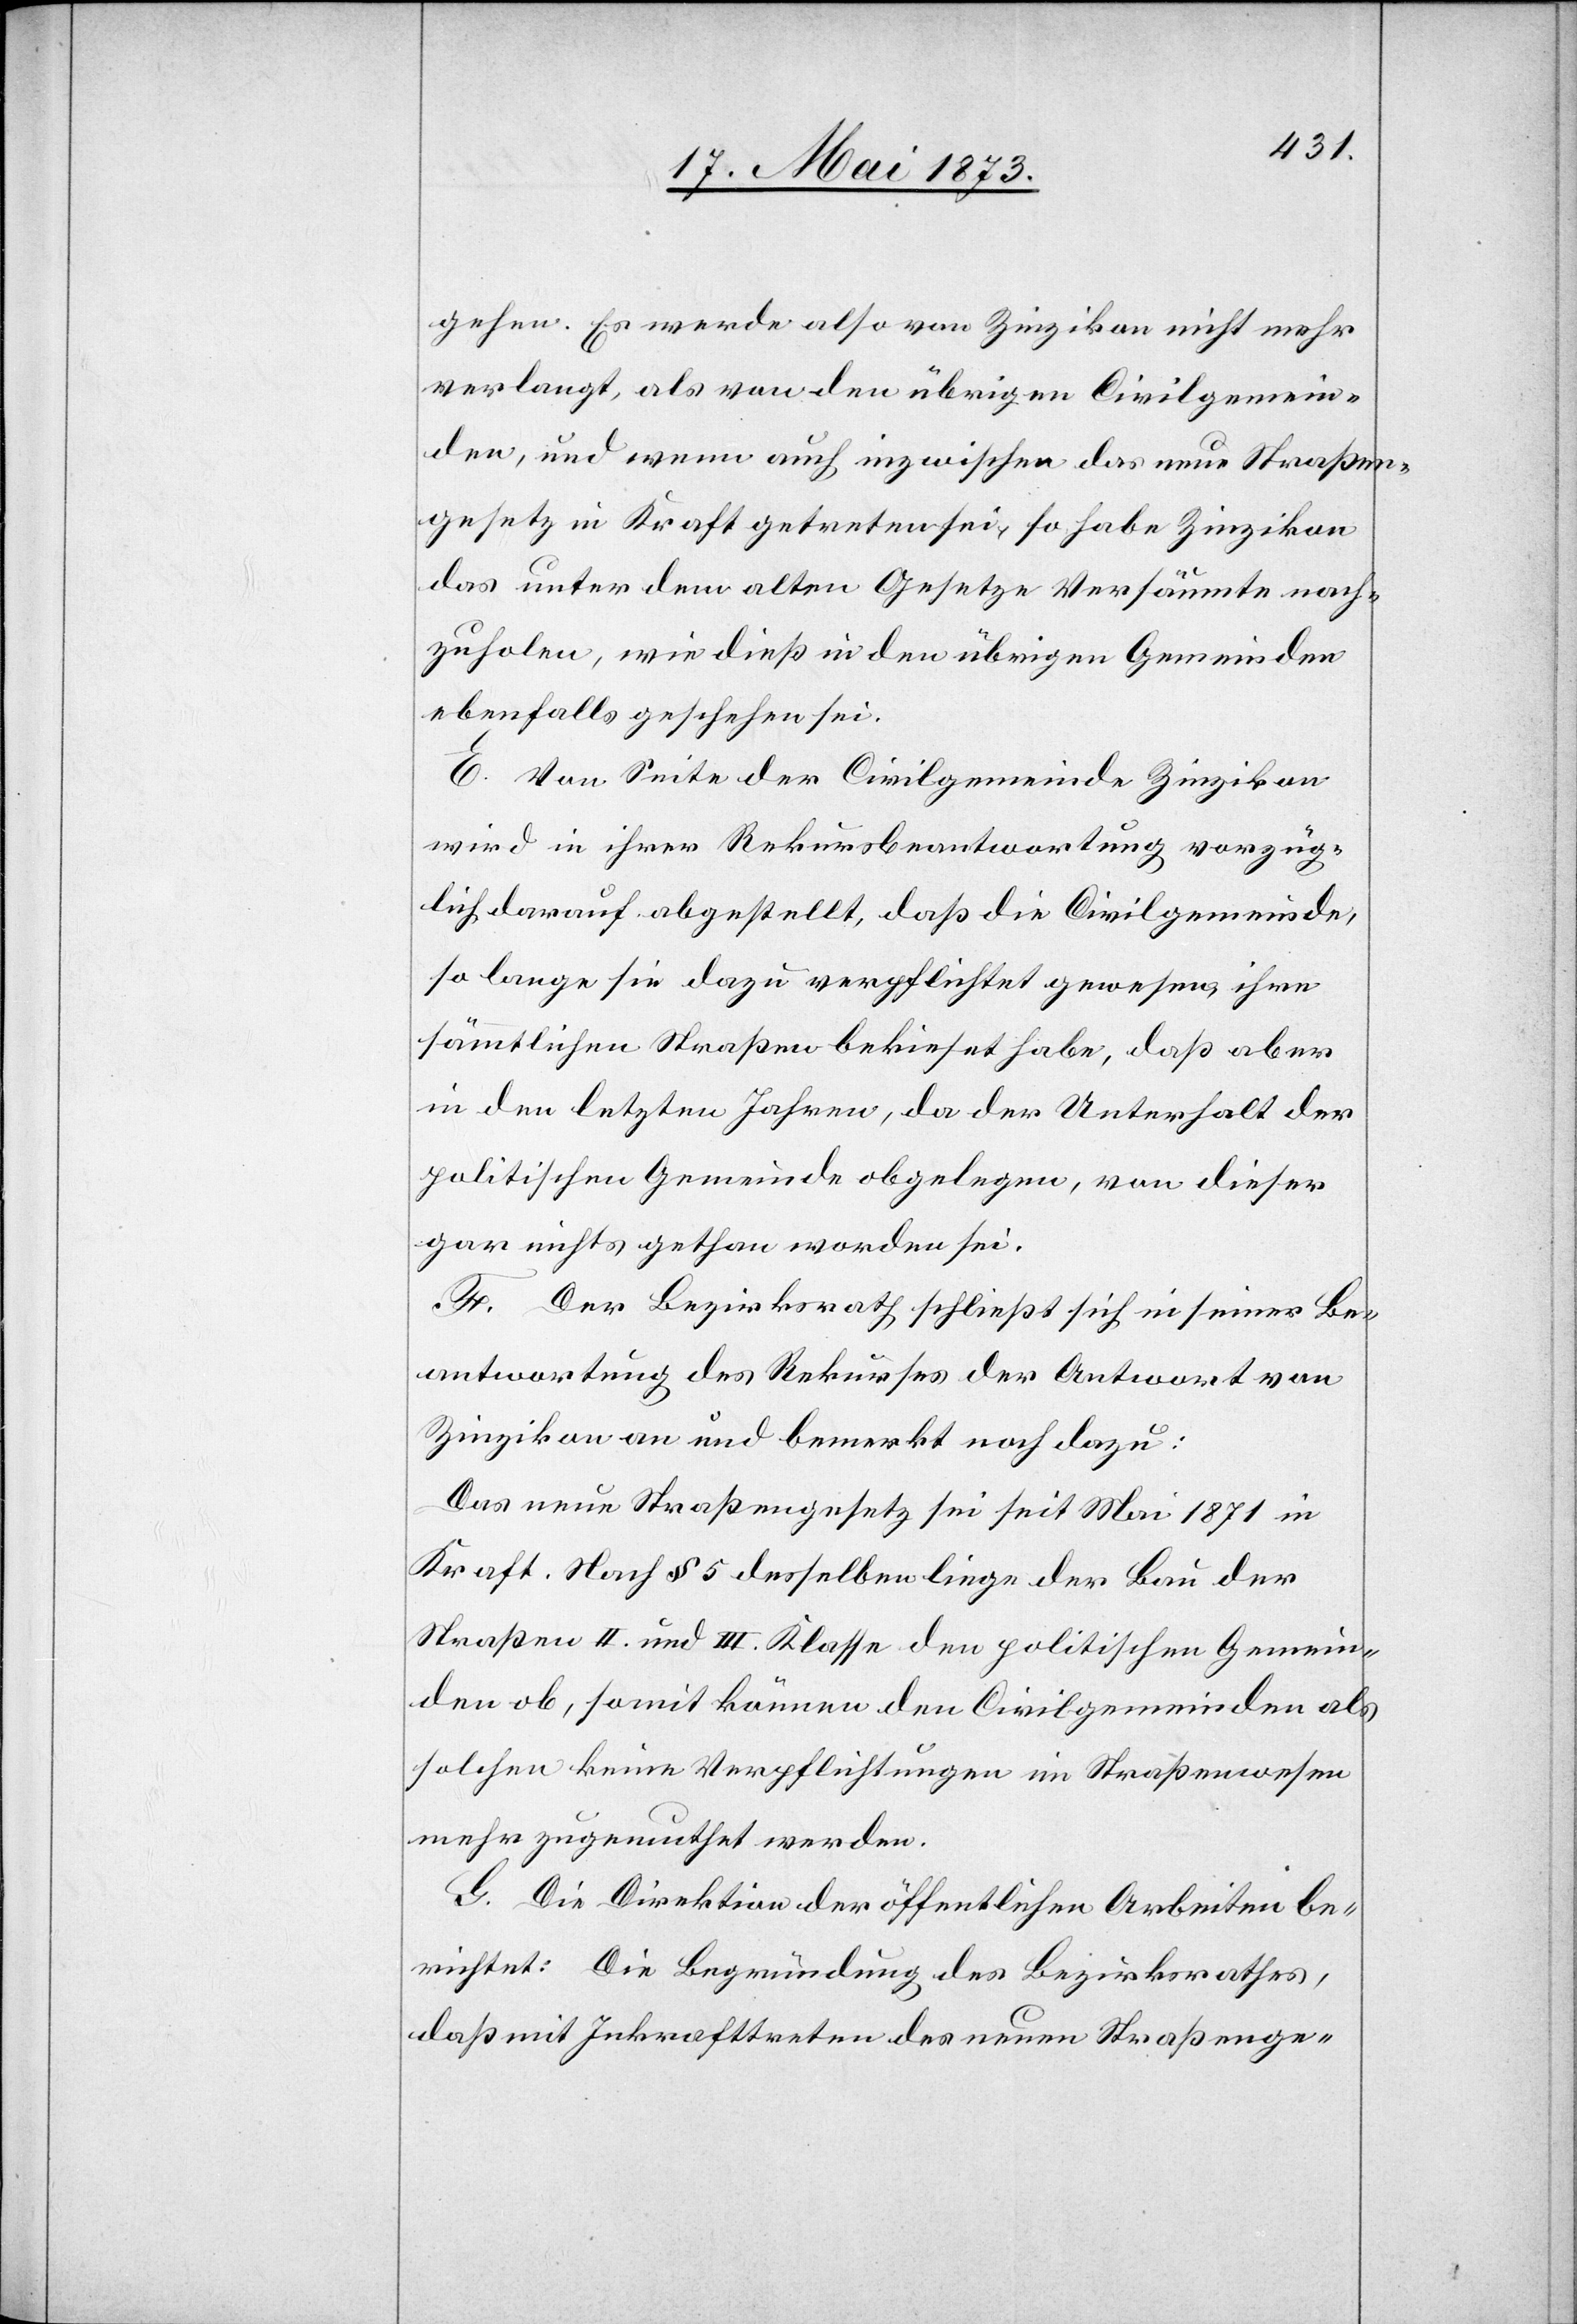
gehen. Es werde also von Zinzikon nicht mehr
verlangt, als von den übrigen Civilgemein¬
den, und wenn auch inzwischen das neue Straßen¬
gesetz in Kraft getreten sei, so habe Zinzikon
das unter dem alten Gesetze Versäumte nach¬
zuholen, wie dieß in den übrigen Gemeinden
ebenfalls geschehen sei.
E. Von Seite der Civilgemeinde Zinzikon
wird in ihrer Rekursbeantwortung vorzüg¬
lich darauf abgestellt, daß die Civilgemeinde,
so lange sie dazu verpflichtet gewesen, ihre
sämmtlichen Straßen bekieset habe, daß aber
in den letzten Jahren, da der Unterhalt der
politischen Gemeinde obgelegen, von dieser
gar nichts gethan worden sei.
F. Der Bezirksrath schließt sich in seiner Be¬
antwortung des Rekurses der Antwort von
Zinzikon an und bemerkt noch dazu:
Das neue Straßengesetz sei seit Mai 1871 in
Kraft. Nach § 5 desselben liege der Bau der
Straßen II. und III. Klasse den politischen Gemein¬
den ob, somit können den Civilgemeinden als
solchen keine Verpflichtungen im Straßenwesen
mehr zugemuthet werden.
G. Die Direktion der öffentlichen Arbeiten be¬
richtet: Die Begründung des Bezirksrathes,
daß mit Inkrafttreten des neuen Straßenge-